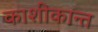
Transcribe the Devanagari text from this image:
काशीकान्त